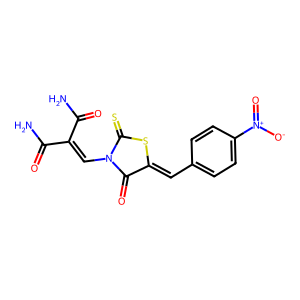
SMILES: NC(=O)C(=CN1C(=O)C(=Cc2ccc([N+](=O)[O-])cc2)SC1=S)C(N)=O
Inhibits HIV replication: No